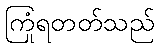
ကြုံရတတ်သည်